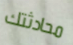
محادثتك